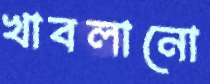
খাবলানো